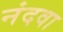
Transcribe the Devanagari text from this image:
नंदवा